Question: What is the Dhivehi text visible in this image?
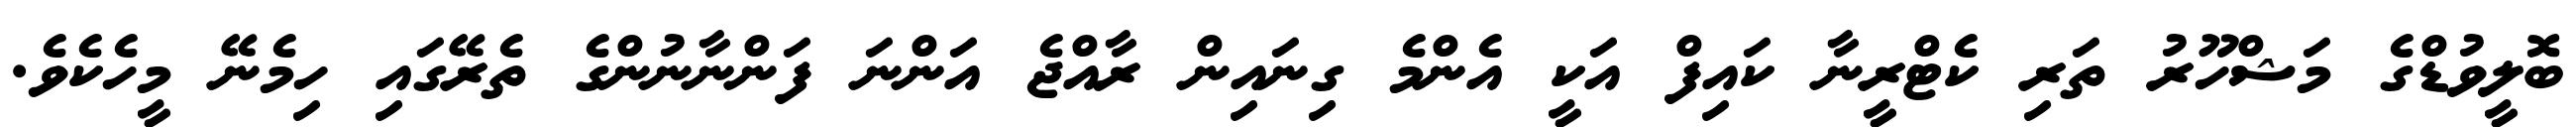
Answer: ބޮލީވުޑްގެ މަޝްހޫރު ތަރި ކެޓްރީނާ ކައިފް އަކީ އެންމެ ގިނައިން ރާއްޖެ އަންނަ ފަންނާނުންގެ ތެރޭގައި ހިމެނޭ މީހެކެވެ.